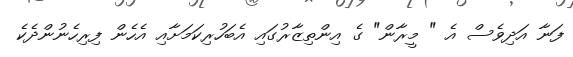
ފަނާ އަދިވެސް އެ " މީރާން" ގެ އިންތިޒާރުގައި އެބަހުރިކަމަށާއި އެހެން ފިރިހެނުންދެކެ